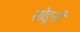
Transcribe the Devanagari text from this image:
सोडूनी